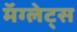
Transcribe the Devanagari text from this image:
मॅग्लेट्स